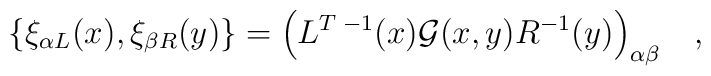
\{\xi_{\alpha L}(x),\xi_{\beta R} (y)\}=\Bigl( L^{T\;-1}(x) {\cal G}(x,y)R^{-1}(y)\Bigr)_{\alpha \beta}\quad,